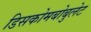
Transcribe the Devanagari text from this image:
डिसकोमबोबुलेट